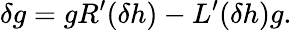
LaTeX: \delta g=gR^{\prime}(\delta h)-L^{\prime}(\delta h)g.